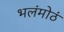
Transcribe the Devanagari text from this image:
भलंमोठं